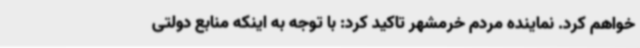
خواهم کرد. نماینده مردم خرمشهر تاکید کرد: با توجه به اینکه منابع دولتی